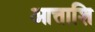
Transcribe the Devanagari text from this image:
आत्ताशि